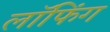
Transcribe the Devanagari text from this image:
लॉफिंग